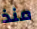
منذ